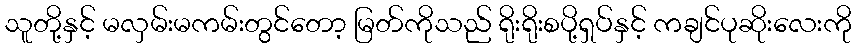
သူတို့နှင့် မလှမ်းမကမ်းတွင်တော့ မြတ်ကိုသည် ရိုးရိုးစပို့ရှပ်နှင့် ကချင်ပုဆိုးလေးကို